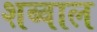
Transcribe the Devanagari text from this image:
शब्वाल